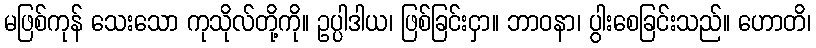
မဖြစ်ကုန် သေးသော ကုသိုလ်တို့ကို။ ဥပ္ပါဒါယ၊ ဖြစ်ခြင်းငှာ။ ဘာဝနာ၊ ပွါးစေခြင်းသည်။ ဟောတိ၊